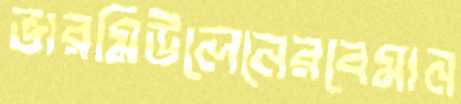
ভারমিউলেনেরবেমান